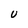
Character: U